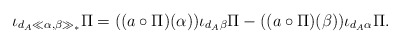
\begin{align*} \iota_{d_A\ll \alpha,\beta\gg_\ast}\Pi=((a\circ\Pi)(\alpha))\iota_{d_A\beta}\Pi- ((a\circ\Pi)(\beta))\iota_{d_A\alpha}\Pi.\end{align*}